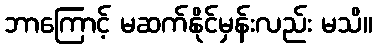
ဘာကြောင့် မဆက်နိုင်မှန်းလည်း မသိ။